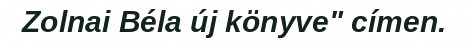
Zolnai Béla új könyve" címen.